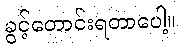
ခွင့်တောင်းရတာပေါ့။